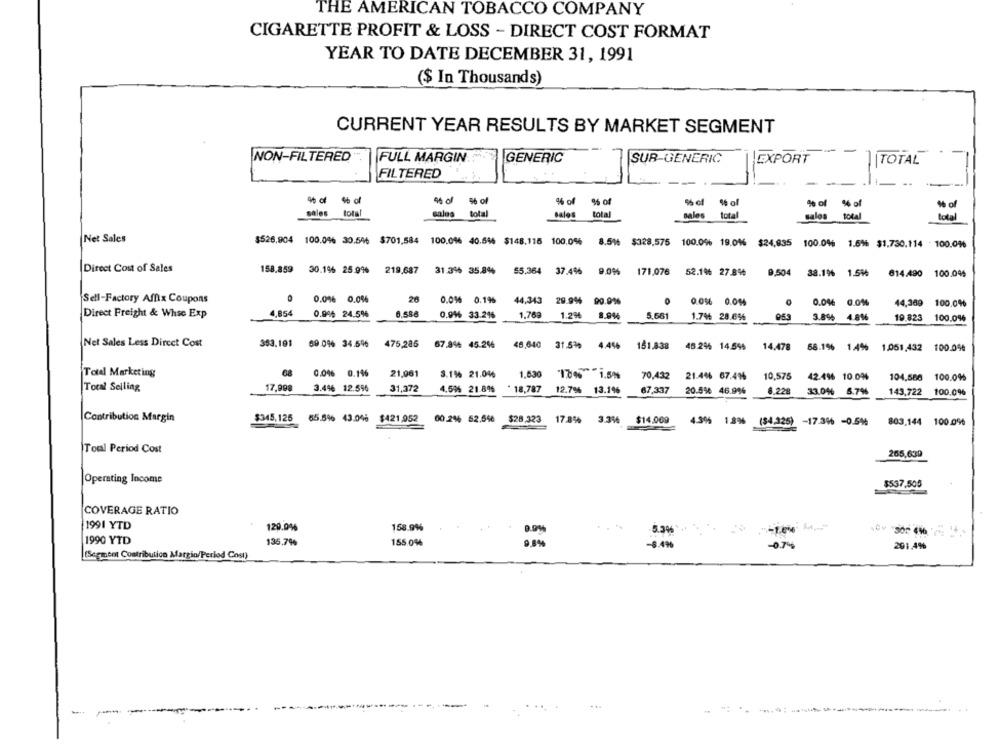
THE AMERICAN TOBACCO COMPANY
CIGARETTE PROFIT & LOSS - DIRECT COST FORMAT
YEAR TO DATE DECEMBER 31, 1991
($ In Thousands)
CURRENT YEAR RESULTS BY MARKET SEGMENT
NON-FILTERED
FULL MARGIN
GENERIC
SUR-GENERIC
EXPORT
TOTAL
FILTERED
46 of
46 of
% of
9% of
% of % of
1% of
sales
total
sales
total
sales
total
sales
total
sales
total
total
Net Sales
$526,904 100,0% 30.5% $701,584
100.046 40.646 $148.116 100.0%
8.516 $328,575
100.0% 19.046 $24,835
100.0% 1.5% $1.730.114 - 100.0%%
Direct Cost of Sales
158.859
30.1% 25.9%
219,687
31.3% 35.8%
55.364
37.4%
9.0%
171,076
52.1% 27.8%
9,504
38.1% 1.5%%
814.490
100.04%
Sell-Factory Affix Coupons
0.0% 0.0%
20
0.0% 0.19%
0.056 0.044
0.06 0.01%
44,369
100.0%
Direct Freight & Whse Exp
4,854
0.996 24.5%
6.584
0.996 33.2%
1,769
1.2%
8.944
5,661
3.894
4.8%%
1.7% 28.6%
19.823
100.0%
Net Sales Less Dircet Cost
353.101
59.0% 34.5%
475,285
67.9% 45.2%
48,640
31.51%
4.4%
151,838
48.2% 14.546
14.478
58.1% 1.4%
1.051 432
100.0%
Totel Marketing
08
0.0% 0.146
21,961
3.1% 21.04%
1,630
18 1.5%
70,432
21.46 67.49%
10,575
42.496 10.0%
104.586 100.0%
Total Selling
17,998
3.46 12.5%
31,372
4.5% 21.896
* 18,787
12.7%
13.1%
67,337
20.5% 46.9%
8.228
33.0% 6.7%
143,722 100.0%
Contribution Margin
$345,125 65.8% 43.046 $421,952 00.2% 52.548 $28.323 17.8% 3.3%
$14,069
4.3% 1.8% ($4.325) -17.396 -0.5%
803,144 100.0%
Total Period Cost
265,639
Operating Income
$537.505
COVERAGE RATIO
1991 YTD
129.016
158.9%%
9.9%
-5.3%
1990 YTD
135,7%
155.0%
9.8%
-8.436
-0.7%
291.4%
(Segment Contributico Margin/Perlod Cost)